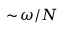
{ \sim } \, \omega / N